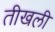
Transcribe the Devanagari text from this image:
तीखली